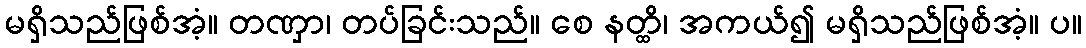
မရှိသည်ဖြစ်အံ့။ တဏှာ၊ တပ်ခြင်းသည်။ စေ နတ္ထိ၊ အကယ်၍ မရှိသည်ဖြစ်အံ့။ ပ။